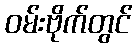
ဝမ်းဗိုက်တွင်